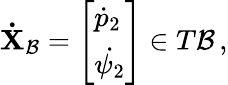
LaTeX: \mathbf{\dot{X}}_{\mathcal{B}}=\left[\begin{array}{l}{\dot{p}_{2}}\\ {\dot{\psi_{2}}}\end{array}\right]\in T\mathcal{B}\, ,